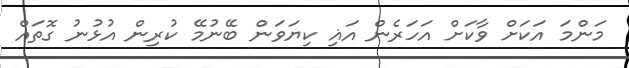
މަންމަ އަކަށް ވާކަށް އަހަރެން އަޣި ކިޔަވަން ބޭނުމޭ ކުރިން އުޅުނު ގޮތައް